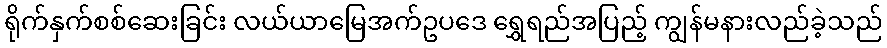
ရိုက်နှက်စစ်ဆေးခြင်း လယ်ယာမြေအက်ဥပဒေ ရွှေရည်အပြည့် ကျွန်မနားလည်ခဲ့သည်